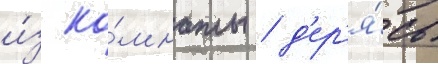
и́з ко́мнаты / д'ер'я́сь